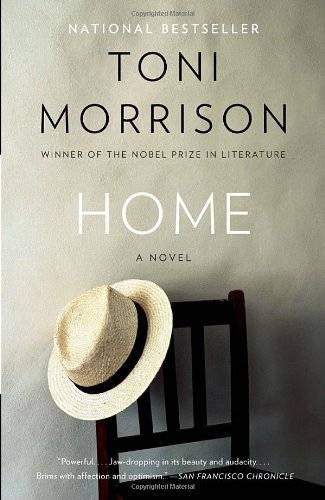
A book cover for Home (Vintage International); Toni Morrison; Literature & Fiction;